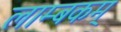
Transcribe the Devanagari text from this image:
लाम्बकम्